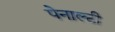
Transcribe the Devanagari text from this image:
पेनाल्‍टी